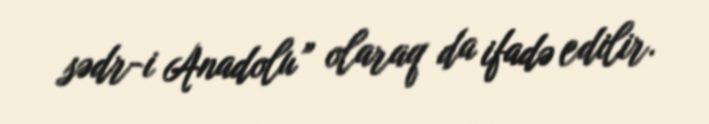
sədr-i Anadolu” olaraq da ifadə edilir.